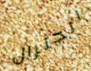
الجنرال